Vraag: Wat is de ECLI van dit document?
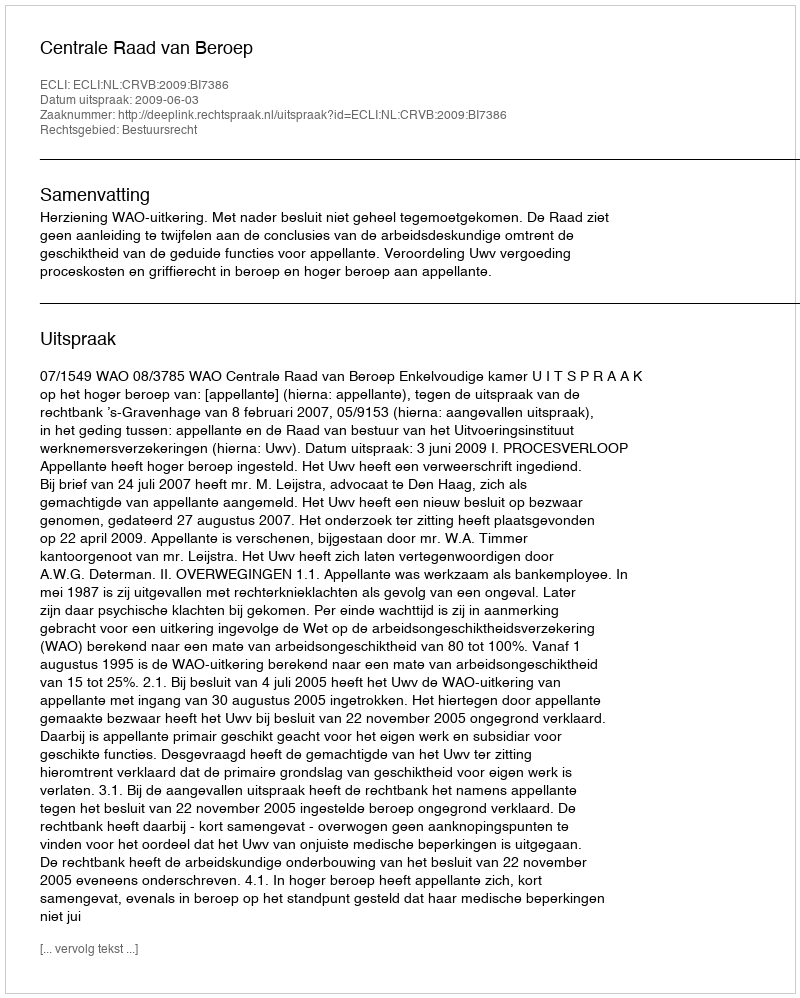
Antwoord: ECLI:NL:CRVB:2009:BI7386